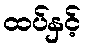
ထပ်နှင့်